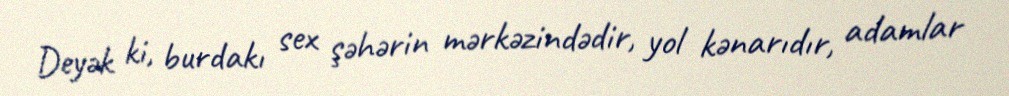
Deyək ki, burdakı sex şəhərin mərkəzindədir, yol kənarıdır, adamlar